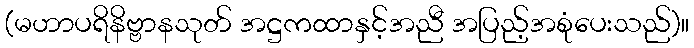
(မဟာပရိနိဗ္ဗာနသုတ် အဋ္ဌကထာနှင့်အညီ အပြည့်အစုံပေးသည်)။